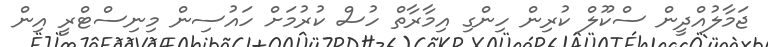
ޖަމާލުއްދީން ސްކޫލް ކުރިން ހިންގި އިމާރާތް ހުސް ކުރުމަށް ހައުސިން މިނިސްޓްރީ އިން